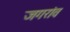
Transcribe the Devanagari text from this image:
जगरांव